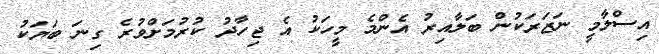
އިސްލާމީ ނަޒަރަކުން ބަލާއިރު އެންމެ މީހަކު އެ ޖިހާދު ކުރުމަށްވުރެ ގިނަ ބަޔަކު